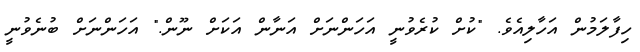
ހިފާލަމުން އަހާލިއެވެ. "ކުށް ކުރެވުނީ އަހަންނަށް އަނާން އަކަށް ނޫން." އަހަންނަށް ބުނެވުނީ